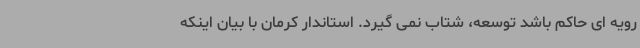
رویه ای حاکم باشد توسعه، شتاب نمی گیرد. استاندار کرمان با بیان اینکه